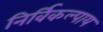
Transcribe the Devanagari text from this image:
निर्विकल्पाय